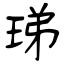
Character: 珶